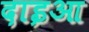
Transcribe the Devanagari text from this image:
दाइआ